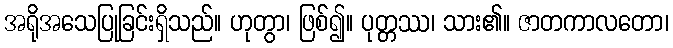
အရိုအသေပြုခြင်းရှိသည်။ ဟုတွာ၊ ဖြစ်၍။ ပုတ္တဿ၊ သား၏။ ဇာတကာလတော၊